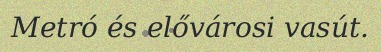
Metró és elővárosi vasút.